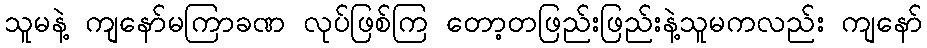
သူမနဲ့ ကျနော်မကြာခဏ လုပ်ဖြစ်ကြ တော့တဖြည်းဖြည်းနဲ့သူမကလည်း ကျနော်